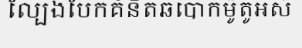
ល្បែងបែកគំនិតឆបោកម៉ូតូអស់